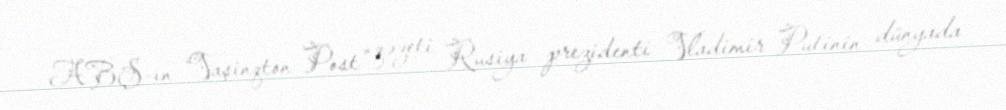
ABŞ-ın “Vaşinqton Post” qəzeti Rusiya prezidenti Vladimir Putinin dünyada